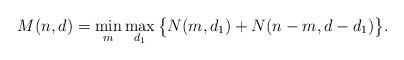
LaTeX: \begin{align*}M(n,d) = \min_m \max_{d_1} \big\lbrace N(m,d_1) + N(n-m,d-d_1)\big\rbrace.\end{align*}